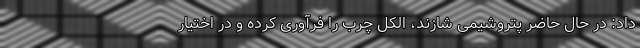
داد: در حال حاضر پتروشیمی شازند، الکل چرب را فرآوری کرده و در اختیار